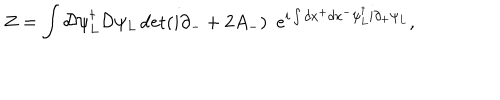
Z = \int { \cal D } \psi _ { L } ^ { \dagger } { \cal D } \psi _ { L } \det ( i \partial _ { - } + 2 A _ { - } ) \, \, \, e ^ { i \int d x ^ { + } d x ^ { - } \psi _ { L } ^ { \dagger } i \partial _ { + } \psi _ { L } } ,